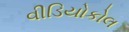
વીડિયોકોલ